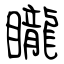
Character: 矓